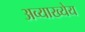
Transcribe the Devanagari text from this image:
अव्याख्येय